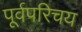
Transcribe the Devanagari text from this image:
पूर्वपरिचय